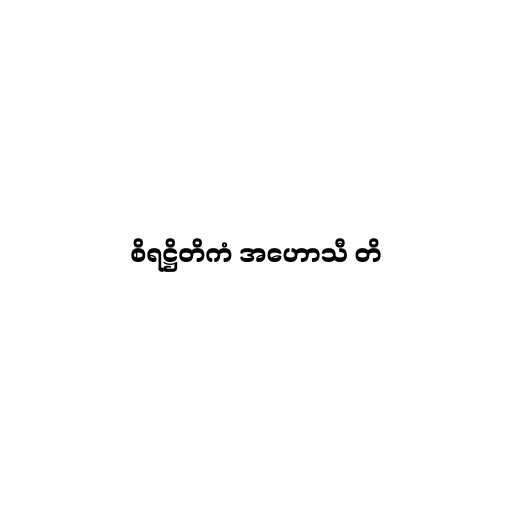
စိရဋ္ဌိတိကံ အဟောသီ တိ